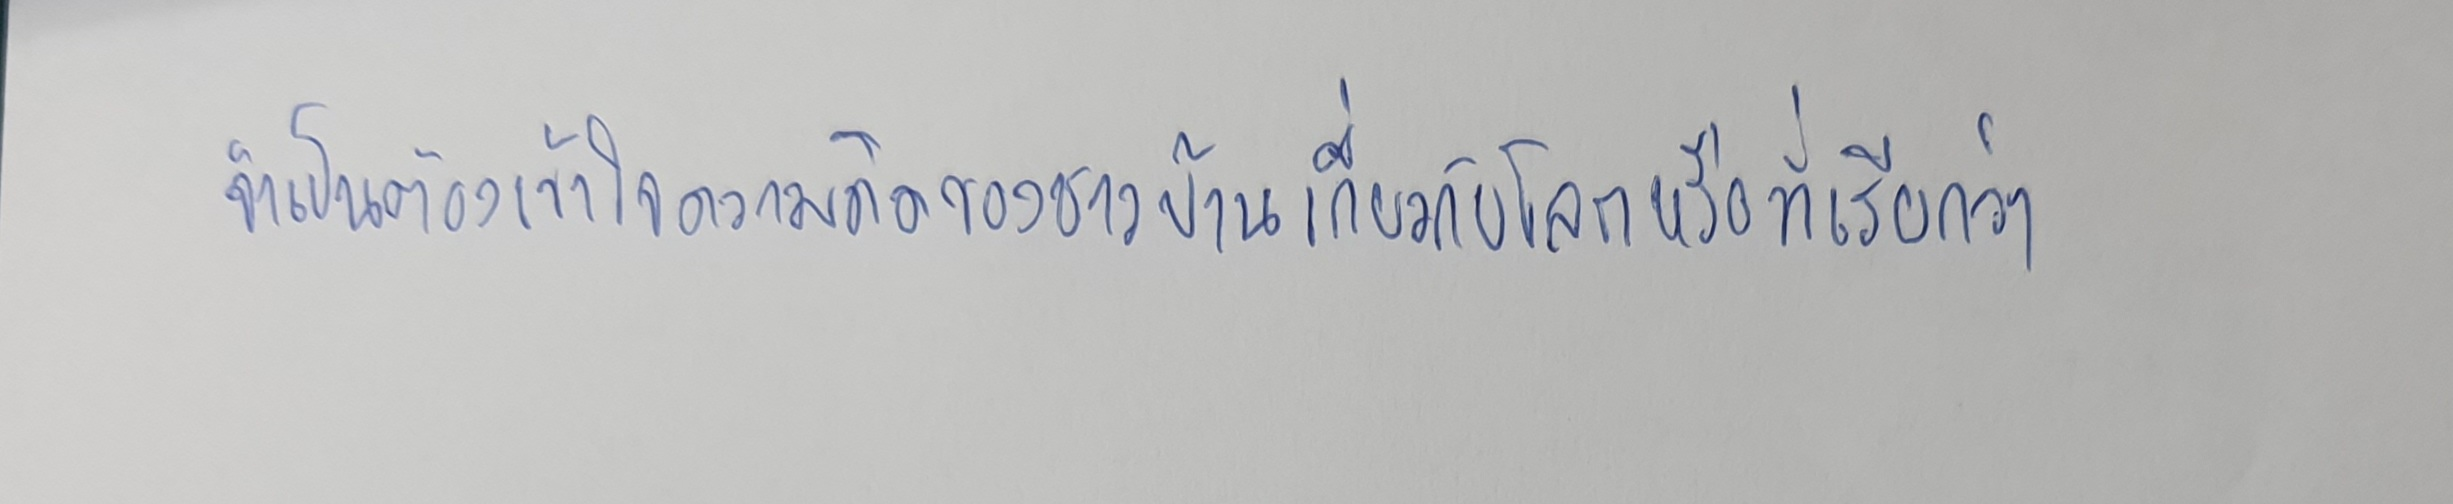
จำเป็นต้องเข้าใจความคิดของชาวบ้านเกี่ยวกับโลกหรือที่เรียกว่า